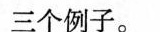
三个例子。